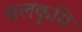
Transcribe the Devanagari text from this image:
चलकृमि